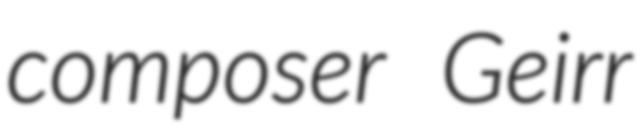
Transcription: composer Geirr